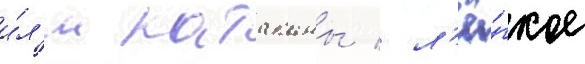
и́л'и катаканы / л'ё́гкое